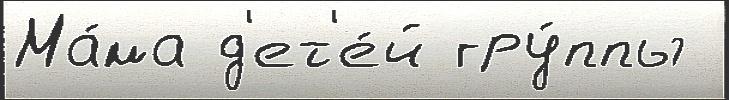
Ма́ма д'ет'е́й гру́ппы